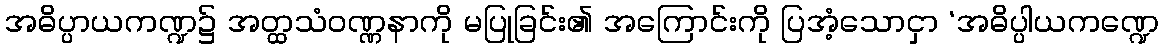
အဓိပ္ပာယကဏ္ဍ၌ အတ္ထသံဝဏ္ဏနာကို မပြုခြင်း၏ အကြောင်းကို ပြအံ့သောငှာ ‘အဓိပ္ပါယကဏ္ဍေ